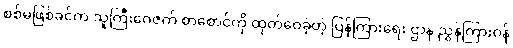
စစ်မဖြစ်ခင်က သူကြီးဂေဇက် စာစောင်ကို ထုတ်ဝေခဲ့တဲ့ ပြန်ကြားရေး ဌာန ညွှန်ကြားဝန်